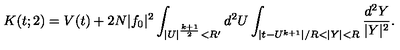
K ( t ; 2 ) = V ( t ) + 2 N | f _ { 0 } | ^ { 2 } \int _ { | U | ^ { \frac { k + 1 } { 2 } } < R ^ { \prime } } d ^ { 2 } U \int _ { | t - U ^ { k + 1 } | / R < | Y | < R } { \frac { d ^ { 2 } Y } { | Y | ^ { 2 } } } .